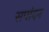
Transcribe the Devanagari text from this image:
सपांदन